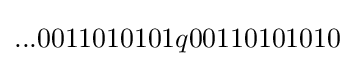
...0011010101q00110101010